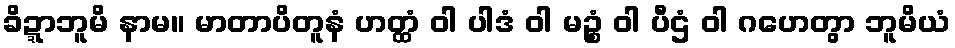
ခိဍ္ဍာဘူမိ နာမ။ မာတာပိတူနံ ဟတ္ထံ ဝါ ပါဒံ ဝါ မဉ္စံ ဝါ ပီဌံ ဝါ ဂဟေတွာ ဘူမိယံ